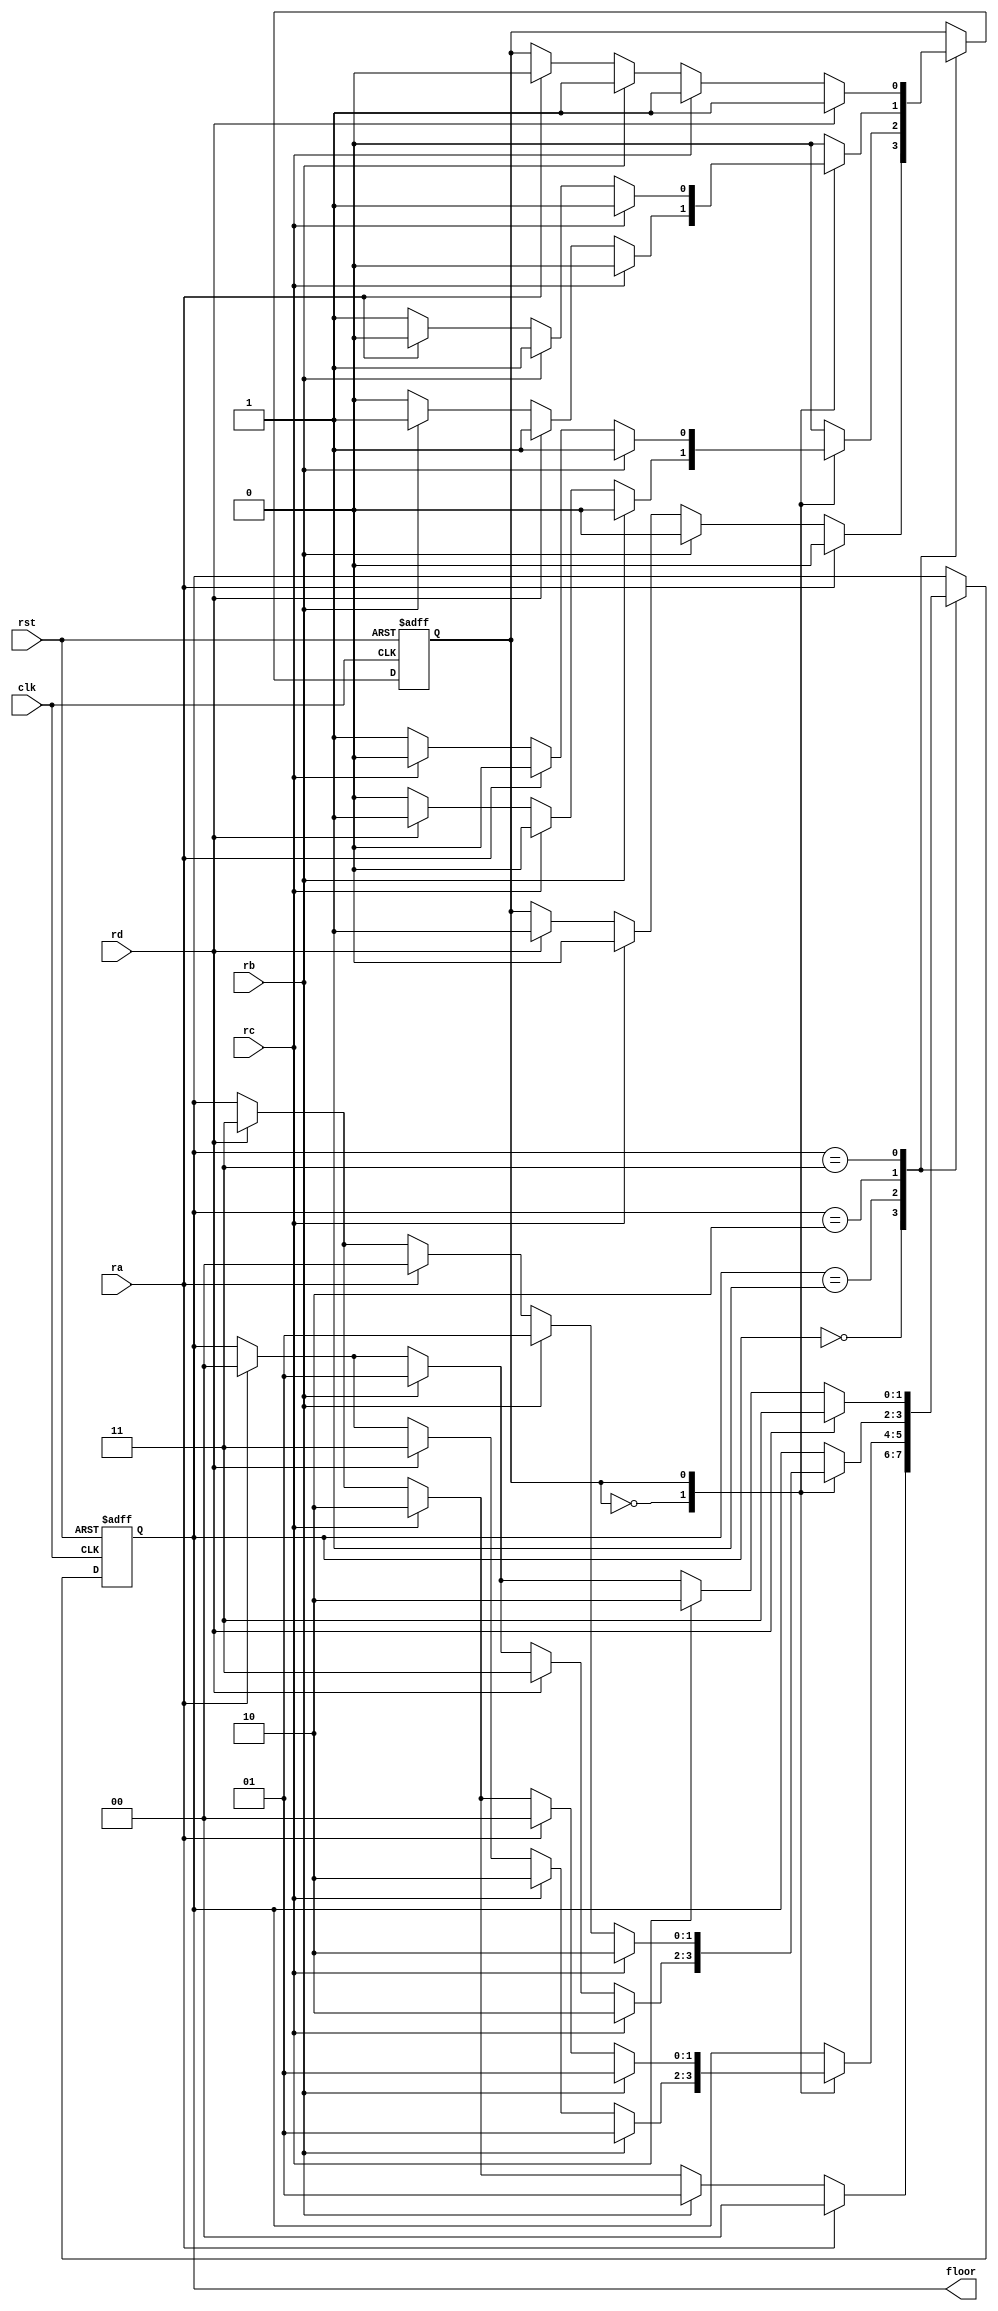
module multiple_elevator(clk,rst,ra,rb,rc,rd,floor);
input clk,rst;
input ra,rb,rc,rd;
output[1:0] floor;
wire[1:0] floor;
parameter A=0,B=1,C=2,D=3;
reg[1:0] state;
reg dir;
parameter UP=0,DO=1;

always@(posedge clk or posedge rst)
begin 
if(rst) state<=A;
 else begin 
  case(state)
   A:case(1)
	  ra: state<=A;
	  rb:state<=B;
	  rc:state<=C;
	  rd:state<=D;
	  endcase 
	B:case(dir)
	 UP:case(1)
	   rb:state<=B;
		rc:state<=C;
		rd:state<=D;
		ra:state<=A;
		endcase 
	 DO:case(1)
	   rb:state<=B;
		ra:state<=A;
		rc:state<=C;
		rd:state<=D;
		endcase 
	endcase 	
		
   C:case(dir)
	 UP:case(1)
	   rc:state<=C;
		rd:state<=D;
		rb:state<=B;
		ra:state<=A;
		endcase 
	 DO:case(1)
	   rc:state<=C;
		rb:state<=B;
		ra:state<=A;
		rd:state<=D;
		endcase 
	endcase 	
			
	  D:case(1)
	   rd:state<=D;
		rc:state<=C;
		rb:state<=B;
		ra:state<=A;
	   endcase 
	endcase
end
end	

always@(posedge clk or posedge rst)
begin 
 if(rst) dir<=A;
 else begin 
 case(state)
  A:case(1)
    ra:dir<=UP;
	 rb:dir<=UP;
	 rc:dir<=UP;
	 rd:dir<=DO;
	 endcase
	 
  B:case(dir)
     UP:case(1)
	  rb:dir<=UP;
	  rc:dir<=UP;
	  rd:dir<=DO;
	  ra:dir<=UP; 
	  endcase 
	  DO:case(1)
	  rb:dir<=DO;
	  ra:dir<=UP;
	  rc:dir<=UP;
	  rd:dir<=DO;
	  endcase 
	 endcase
  C:case(dir)
     UP:case(1)
	    rc:dir<=UP;
		 rd:dir<=DO;
		 rb:dir<=DO;
		 ra:dir<=UP;
	    endcase
	  DO:case(1)
	     rc:dir<=DO;
		  rb:dir<=DO;
		  ra:dir<=UP;
		  rd:dir<=DO;
		  endcase 
		 endcase 
		 
	D:case(1) 
      rd:dir<=DO;
	   rc:dir<=DO;
	   rb:dir<=DO;
	   ra:dir<=UP;	
		endcase
	endcase 

end
end 
assign floor=state;
endmodule